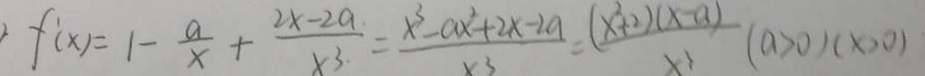
f ( x ) = 1 - \frac { a } { x } + \frac { 2 x - 2 a } { x ^ { 3 } } = \frac { x ^ { 3 } - a x ^ { 2 } + 2 x - 2 a } { x ^ { 3 } } = \frac { ( x ^ { 2 } + 2 ) ( x - a ) } { x ^ { 3 } } ( a > 0 ) ( x > 0 )